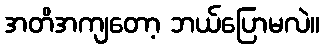
အတိအကျတော့ ဘယ်ပြောမလဲ။